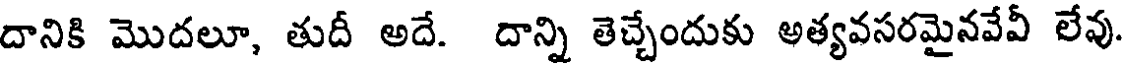
దానికి మొదలూ, తుదీ అదే. దాన్ని తెచ్చేందుకు అత్యవసరమైనవేవీ లేవు